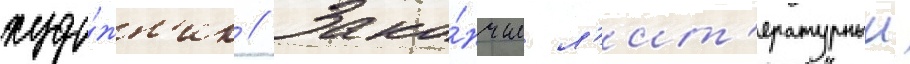
худо́жн'ик // Зако́нчил л'ит'ературныи